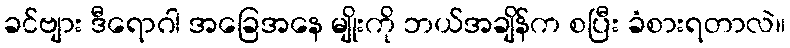
ခင်ဗျား ဒီရောဂါ အခြေအနေ မျိုးကို ဘယ်အချိန်က စပြီး ခံစားရတာလဲ။